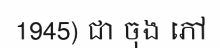
1945) ជា ចុង ភៅ